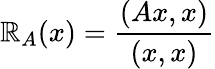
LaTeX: \mathbb{R}_{A}(x)={\frac{{(Ax,x)}}{{(x,x)}}}